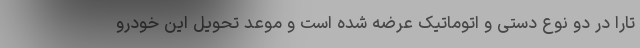
تارا در دو نوع دستی و اتوماتیک عرضه شده است و موعد تحویل این خودرو